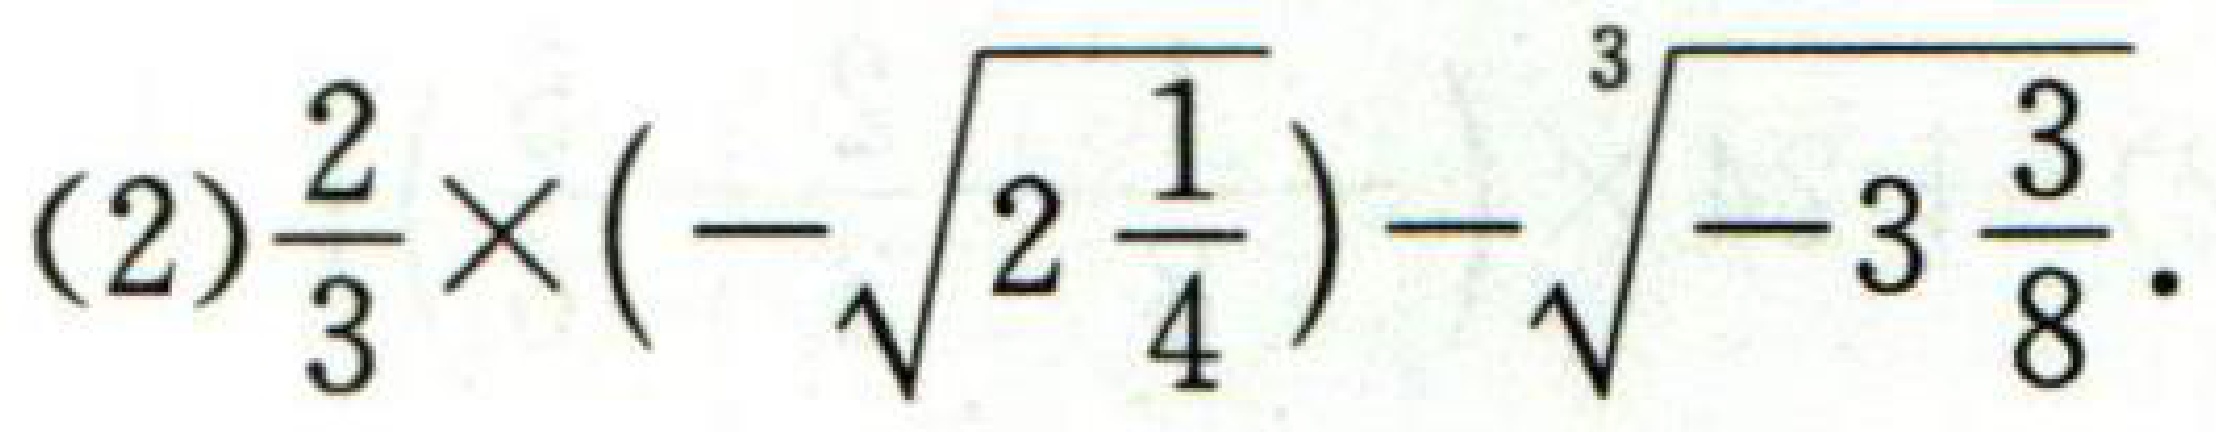
\((2)\frac{2}{3}\times(-\sqrt{2\frac{1}{4}})-\sqrt[3]{-3\frac{3}{8}}\)